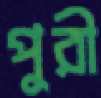
পুরী